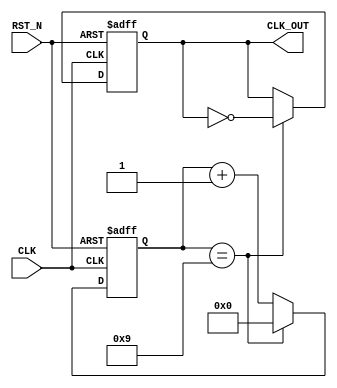
module CLK_DIV_EVEN #(
	//=//2
	parameter N = 10 
)
(
	//
	CLK,RST_N,
	//
	CLK_OUT
);

//--------------------------------------------------------
//-- 
//--------------------------------------------------------
input CLK;
input RST_N;

output CLK_OUT;

reg CLK_OUT;
//--------------------------------------------------------
//-- 
//--------------------------------------------------------
reg [15:0] count;

//--------------------------------------------------------
//-- 
//--------------------------------------------------------
always@(posedge CLK or negedge RST_N)
begin
	if(!RST_N)
	begin
		count <= 16'b0;
	end
	else if(count == (N - 1))
	begin
		count <= 16'b0;
	end
	else
		count <= count + 1'b1 ;
end
//--------------------------------------------------------
//-- 
//--------------------------------------------------------
always@(posedge CLK or negedge RST_N)
begin
	if(!RST_N)
		CLK_OUT <= 1'b0;
	else if(count == (N - 1) )
		CLK_OUT <= ~ CLK_OUT ;
	
end

endmodule